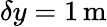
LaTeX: \delta y=1\mathrm{\, m}